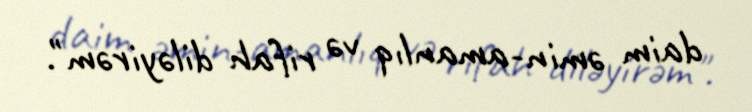
daim əmin-amanlıq və rifah diləyirəm".